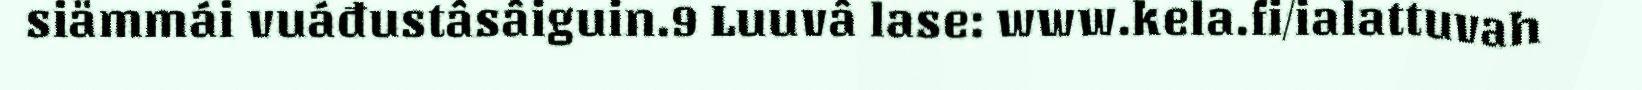
siämmái vuáđustâsâiguin.9 Luuvâ lase: www.kela.fi/ialattuvah